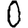
Digit: 0